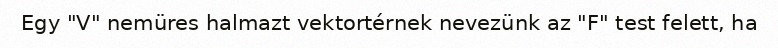
Egy "V" nemüres halmazt vektortérnek nevezünk az "F" test felett, ha